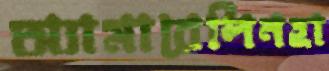
অ্যামারেলিনহা